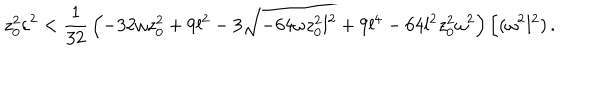
LaTeX: z _ { 0 } ^ { 2 } \varepsilon ^ { 2 } < { \frac { 1 } { 3 2 } } \left( - 3 2 \omega z _ { 0 } ^ { 2 } + 9 l ^ { 2 } - 3 \sqrt { - 6 4 \omega z _ { 0 } ^ { 2 } l ^ { 2 } + 9 l ^ { 4 } - 6 4 l ^ { 2 } z _ { 0 } ^ { 2 } \omega ^ { 2 } } \right) / ( \omega ^ { 2 } l ^ { 2 } ) \, .